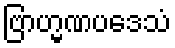
ဗြာဟ္မဏပဒေသံ